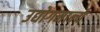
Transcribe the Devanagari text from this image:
उद्योगमान्य